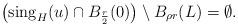
LaTeX: \begin{align*}\left( {\rm sing}_{H}(u) \cap B_{\frac{r}{2}}(0) \right) \setminus B_{\rho r}(L) = \emptyset.\end{align*}